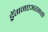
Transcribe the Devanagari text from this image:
ड्रॅगनएअरसाठी